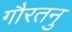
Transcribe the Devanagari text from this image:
गौरतनु